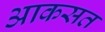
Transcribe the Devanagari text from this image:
आकसत